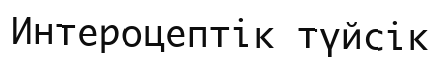
Интероцептік түйсік